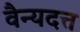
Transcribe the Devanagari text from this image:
वैन्यदत्त